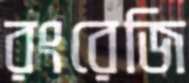
রংরেজি